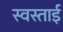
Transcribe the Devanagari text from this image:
स्वस्ताई